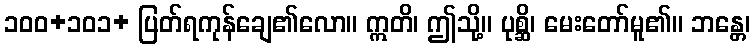
၁၀၀+၁၀၁+ ပြတ်ရကုန်ချေ၏လော။ ဣတိ၊ ဤသို့။ ပုစ္ဆိ၊ မေးတော်မူ၏။ ဘန္တေ၊